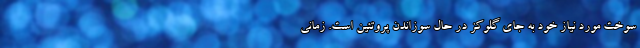
سوخت مورد نیاز خود به جای گلوکز در حال سوزاندن پروتئین است. زمانی